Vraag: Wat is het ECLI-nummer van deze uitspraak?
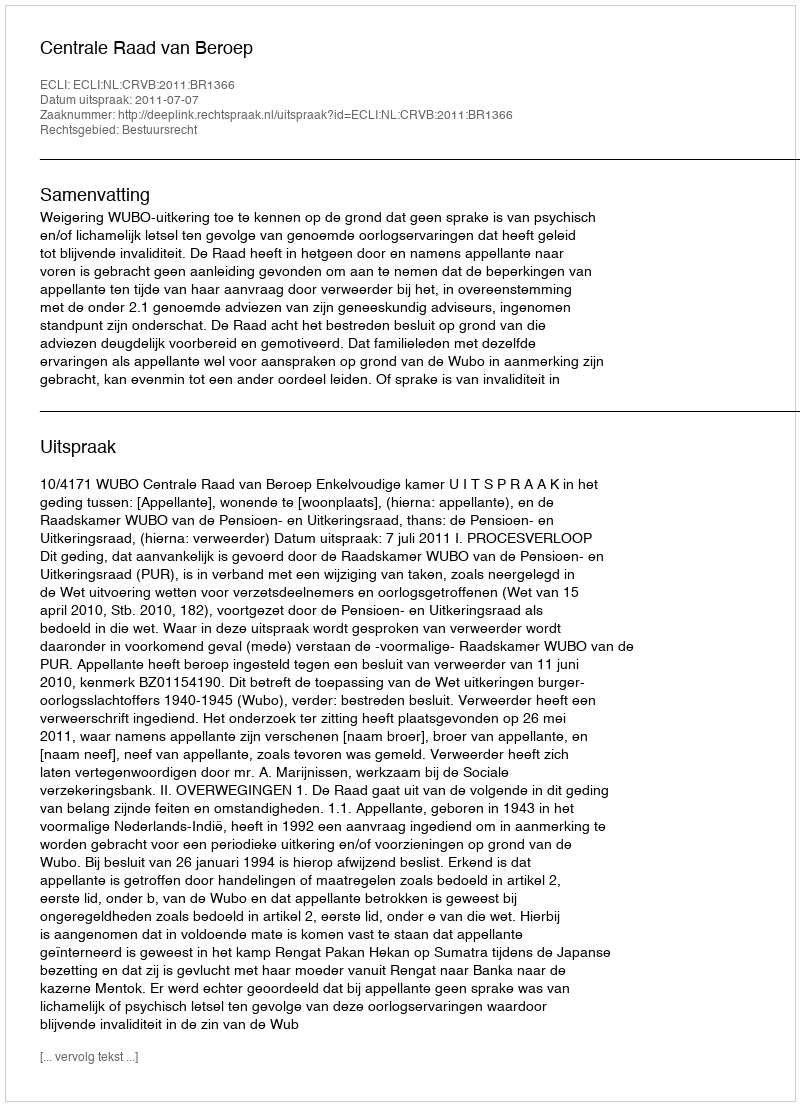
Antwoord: ECLI:NL:CRVB:2011:BR1366